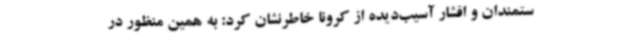
ستمندان و اقشار آسیب‌دیده از کرونا خاطرنشان کرد: به همین منظور در